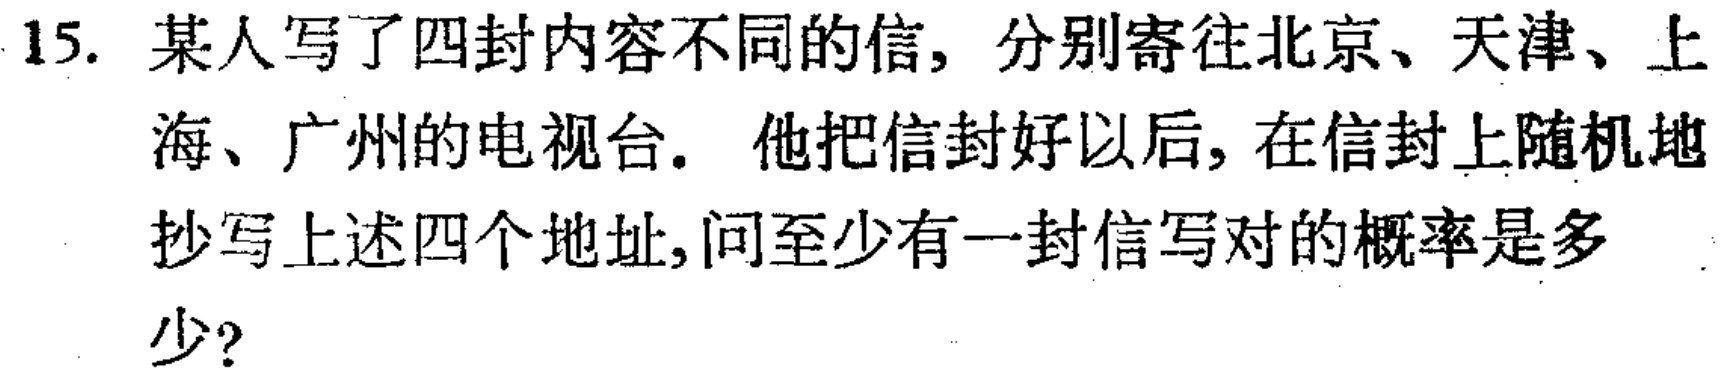
15. 某人写了四封内容不同的信，分别寄往北京、天津、上海、广州的电视台。 他把信封好以后，在信封上随机地抄写上述四个地址,问至少有一封信写对的概率是多少?